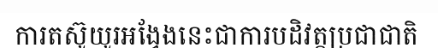
ការតស៊ូយូរអង្វែងនេះជាការបដិវត្តប្រជាជាតិ